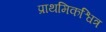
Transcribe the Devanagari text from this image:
प्राथमिकश्वित्र